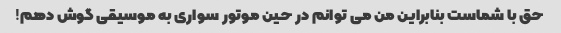
حق با شماست بنابراین من می توانم در حین موتور سواری به موسیقی گوش دهم!